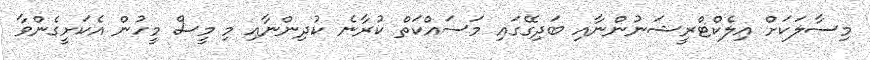
މިސާލަކަށް އިލެކްޓްރީޝަނުންނާއި ބަދިގޭގައި މަސައްކަތް ކުރާނެ ކުދިންނާއި މި މީސް މީހުން އެކަށީގެންވާ